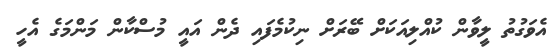
އެވަގުތު ލީވާން ކުއްލިއަކަށް ބޭރަށް ނިކުމެފައި ދެން އައީ މުސްކާން މަންމަގެ އެހީ